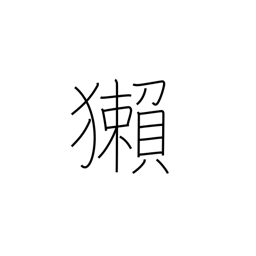
Meaning: otter